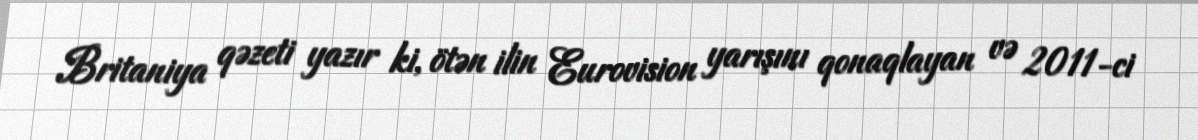
Britaniya qəzeti yazır ki, ötən ilin Eurovision yarışını qonaqlayan və 2011-ci